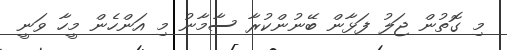
މި ގޮތުން ޖަލު ފަޅާން ބޭނުންކުރާ ސާމާނު މި އަންހެން މީހާ ވަނީ